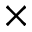
\times